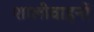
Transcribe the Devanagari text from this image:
शालीवाहनों